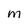
Character: M